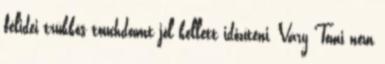
félidei trükkös touchdownt jól kellett időzíteni, Váry Tomi nem